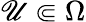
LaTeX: \mathscr{U}\Subset\Omega